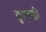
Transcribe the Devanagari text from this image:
इयासी